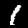
Label: 1